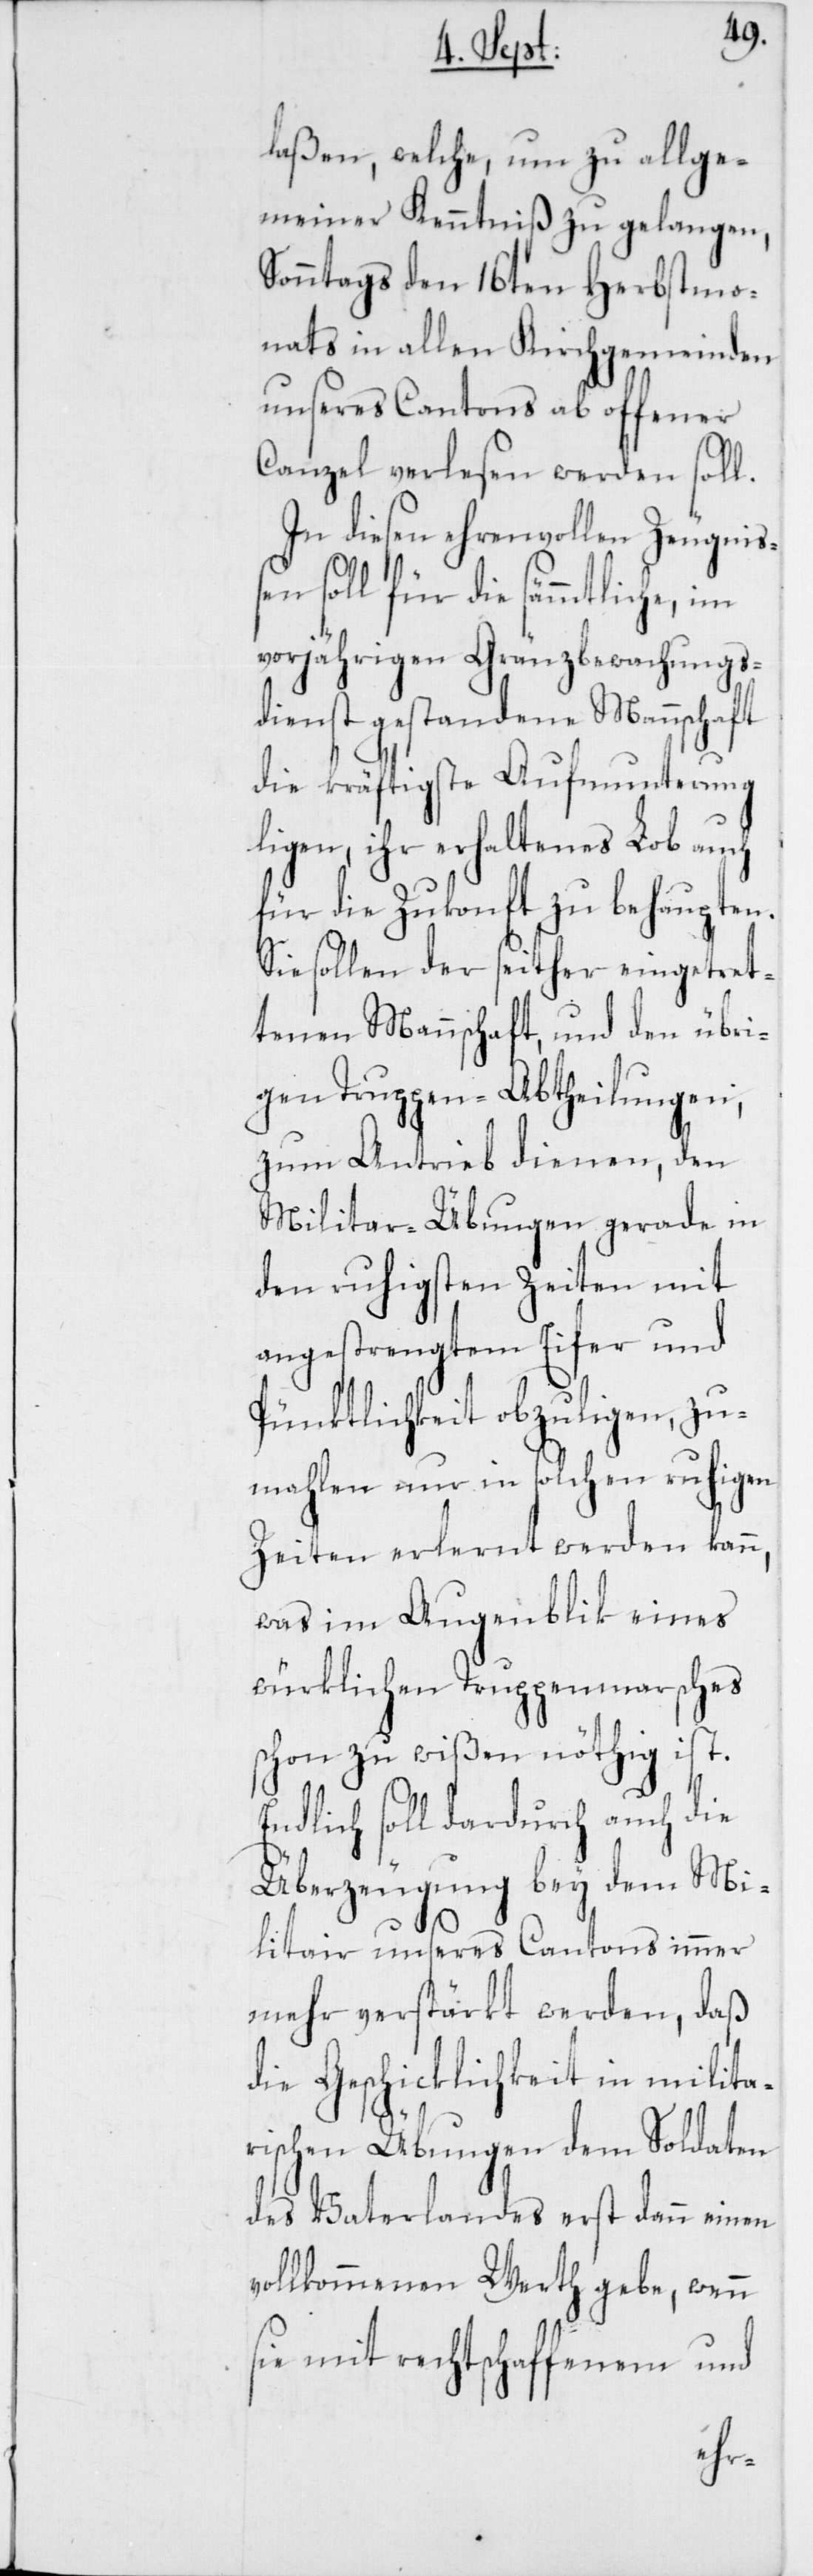
laßen, welche, um zu allge¬
meiner Kenntniß zu gelangen,
Sonntags den 16ten Herbstmo¬
nats in allen Kirchgemeinden
unseres Cantons ab offener
Canzel verlesen werden soll.
In diesen ehrenvollen Zeugniß¬
en soll für die sämmtliche, im
vorjährigen Gränzbewachungs¬
dienst gestandene Mannschaft
die kräftigste Aufmunterung
ligen, ihr erhaltenes Lob auch
für die Zukonft zu behaupten.
Sie sollen der seither eingetret¬
tenen Mannschaft, und den übri¬
gen Truppen-Abtheilungen,
zum Antrieb dienen, den
Militar-Übungen gerade in
den ruhigsten Zeiten mit
angestrengtem Eifer und
Pünktlichkeit obzuligen, zu¬
mahlen nur in solchen ruhigen
Zeiten erlernt werden kann,
was im Augenblik eines
würklichen Truppenmarsches
schon zu wißen nöthig ist.
dlich soll dardurch auch die
Überzeugung bey dem Mi¬
litair unseres Cantons immer
mehr verstärkt werden, daß
die Geschicklichkeit in milita¬
rischen Übungen dem Soldaten
des Vaterlandes erst dann einen
vollkommenen Werth gebe, wenn
sie mit rechtschaffenem und
En¬